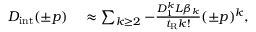
\begin{array} { r l } { D _ { \mathrm { i n t } } ( \pm p ) } & { { } \approx \sum _ { k \geq 2 } - \frac { D _ { 1 } ^ { k } L \beta _ { k } } { t _ { \mathrm { R } } k ! } ( \pm p ) ^ { k } , } \end{array}